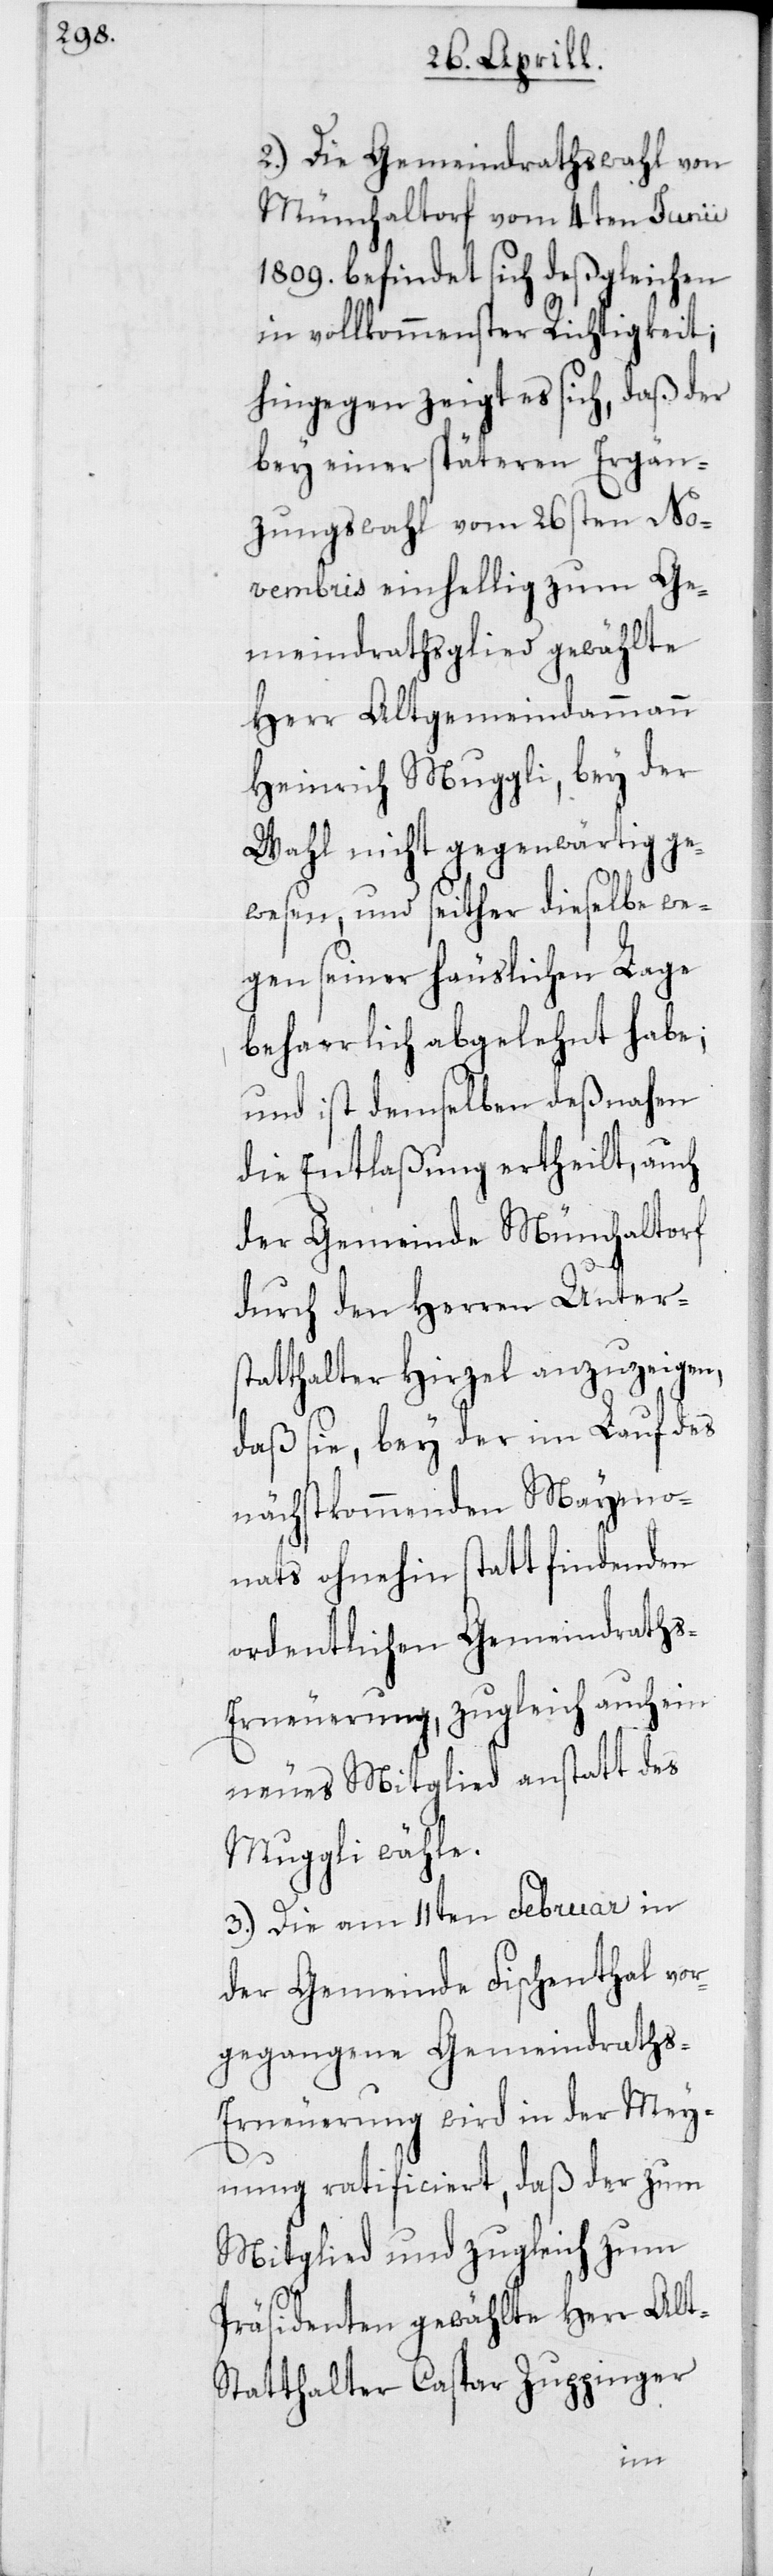
2. Die Gemeindrathswahl von
Mönchaltorf vom 4ten Junii
1809. befindet sich deßgleichen
in vollkommenster Richtigkeit,
hingegen zeigt es sich, daß der
bey einer späteren Ergän¬
zungswahl vom 26sten No¬
vembris einhellig zum Ge¬
meindrathsglied gewählte
Herr Altgemeindammann
Heinrich Muggli, bey der
Wahl nicht gegenwärtig ge¬
wesen, und seither dieselbe we¬
gen seiner häuslichen Lage
beharrlich abgelehnt habe,
und ist demselben deßnahen
die Entlaßung ertheilt, auch
der Gemeinde Münchaltorf
durch den Herren Unter¬
statthalter Hirzel anzuzeigen,
daß sie, bey der im Lauf des
nächstkommenden Maymo¬
nats ohnehin stattfindenden
ordentlichen Gemeindraths-E¬
rneuerung, zugleich auch ein
neues Mitglied anstatt des
Muggli wähle.
3. Die am 11ten Februar in
der Gemeinde Fischenthal vor¬
gegangene Gemeindraths-E¬
rneuerung wird in der Mey¬
nung ratificiert, daß der zum
Mitglied und zugleich zum
Präsidenten gewählte Herr Alt-S¬
tatthalter Caspar Zuppinger